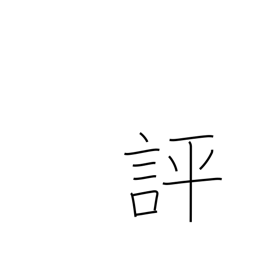
Meaning: evaluate